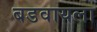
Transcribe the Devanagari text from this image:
बडवायला